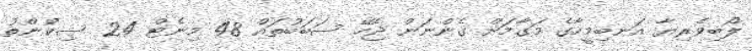
ލޯބިވެރިޔާ އަނބިމީހާގެ މަގާމަށް ގެންނަން ޖެހޭ ސަބަބުތައް 48 މިނެޓް 24 ސިކުންތު